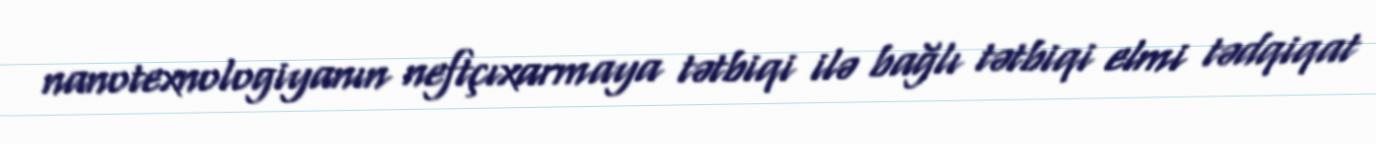
nanotexnologiyanın neftçıxarmaya tətbiqi ilə bağlı tətbiqi elmi tədqiqat